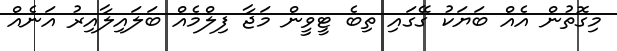
މިގޮތުން އެއް ބަޔަކު ގޭގައި ތިބެ ޓީވީން މަޖާ ފިލްމެއް ބަލައިލާއިރު އަނެއް